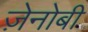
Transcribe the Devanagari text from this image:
ज़ेनोबी